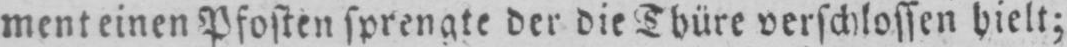
ment einen Pfosten sprengte der die Thüre verschlossen hielt;